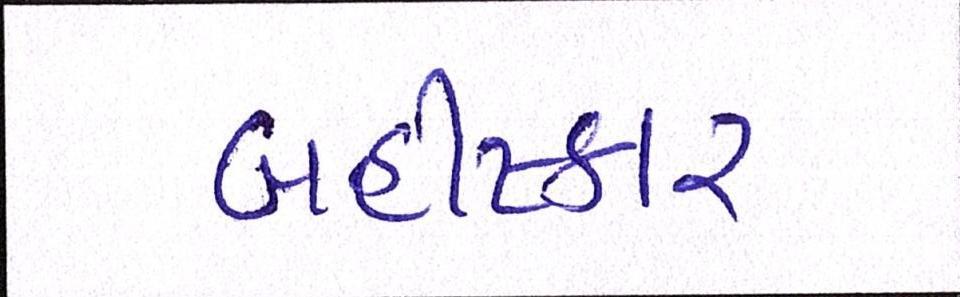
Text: બહીષ્કાર